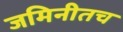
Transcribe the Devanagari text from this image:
जमिनीतच